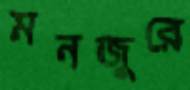
মনজুরে